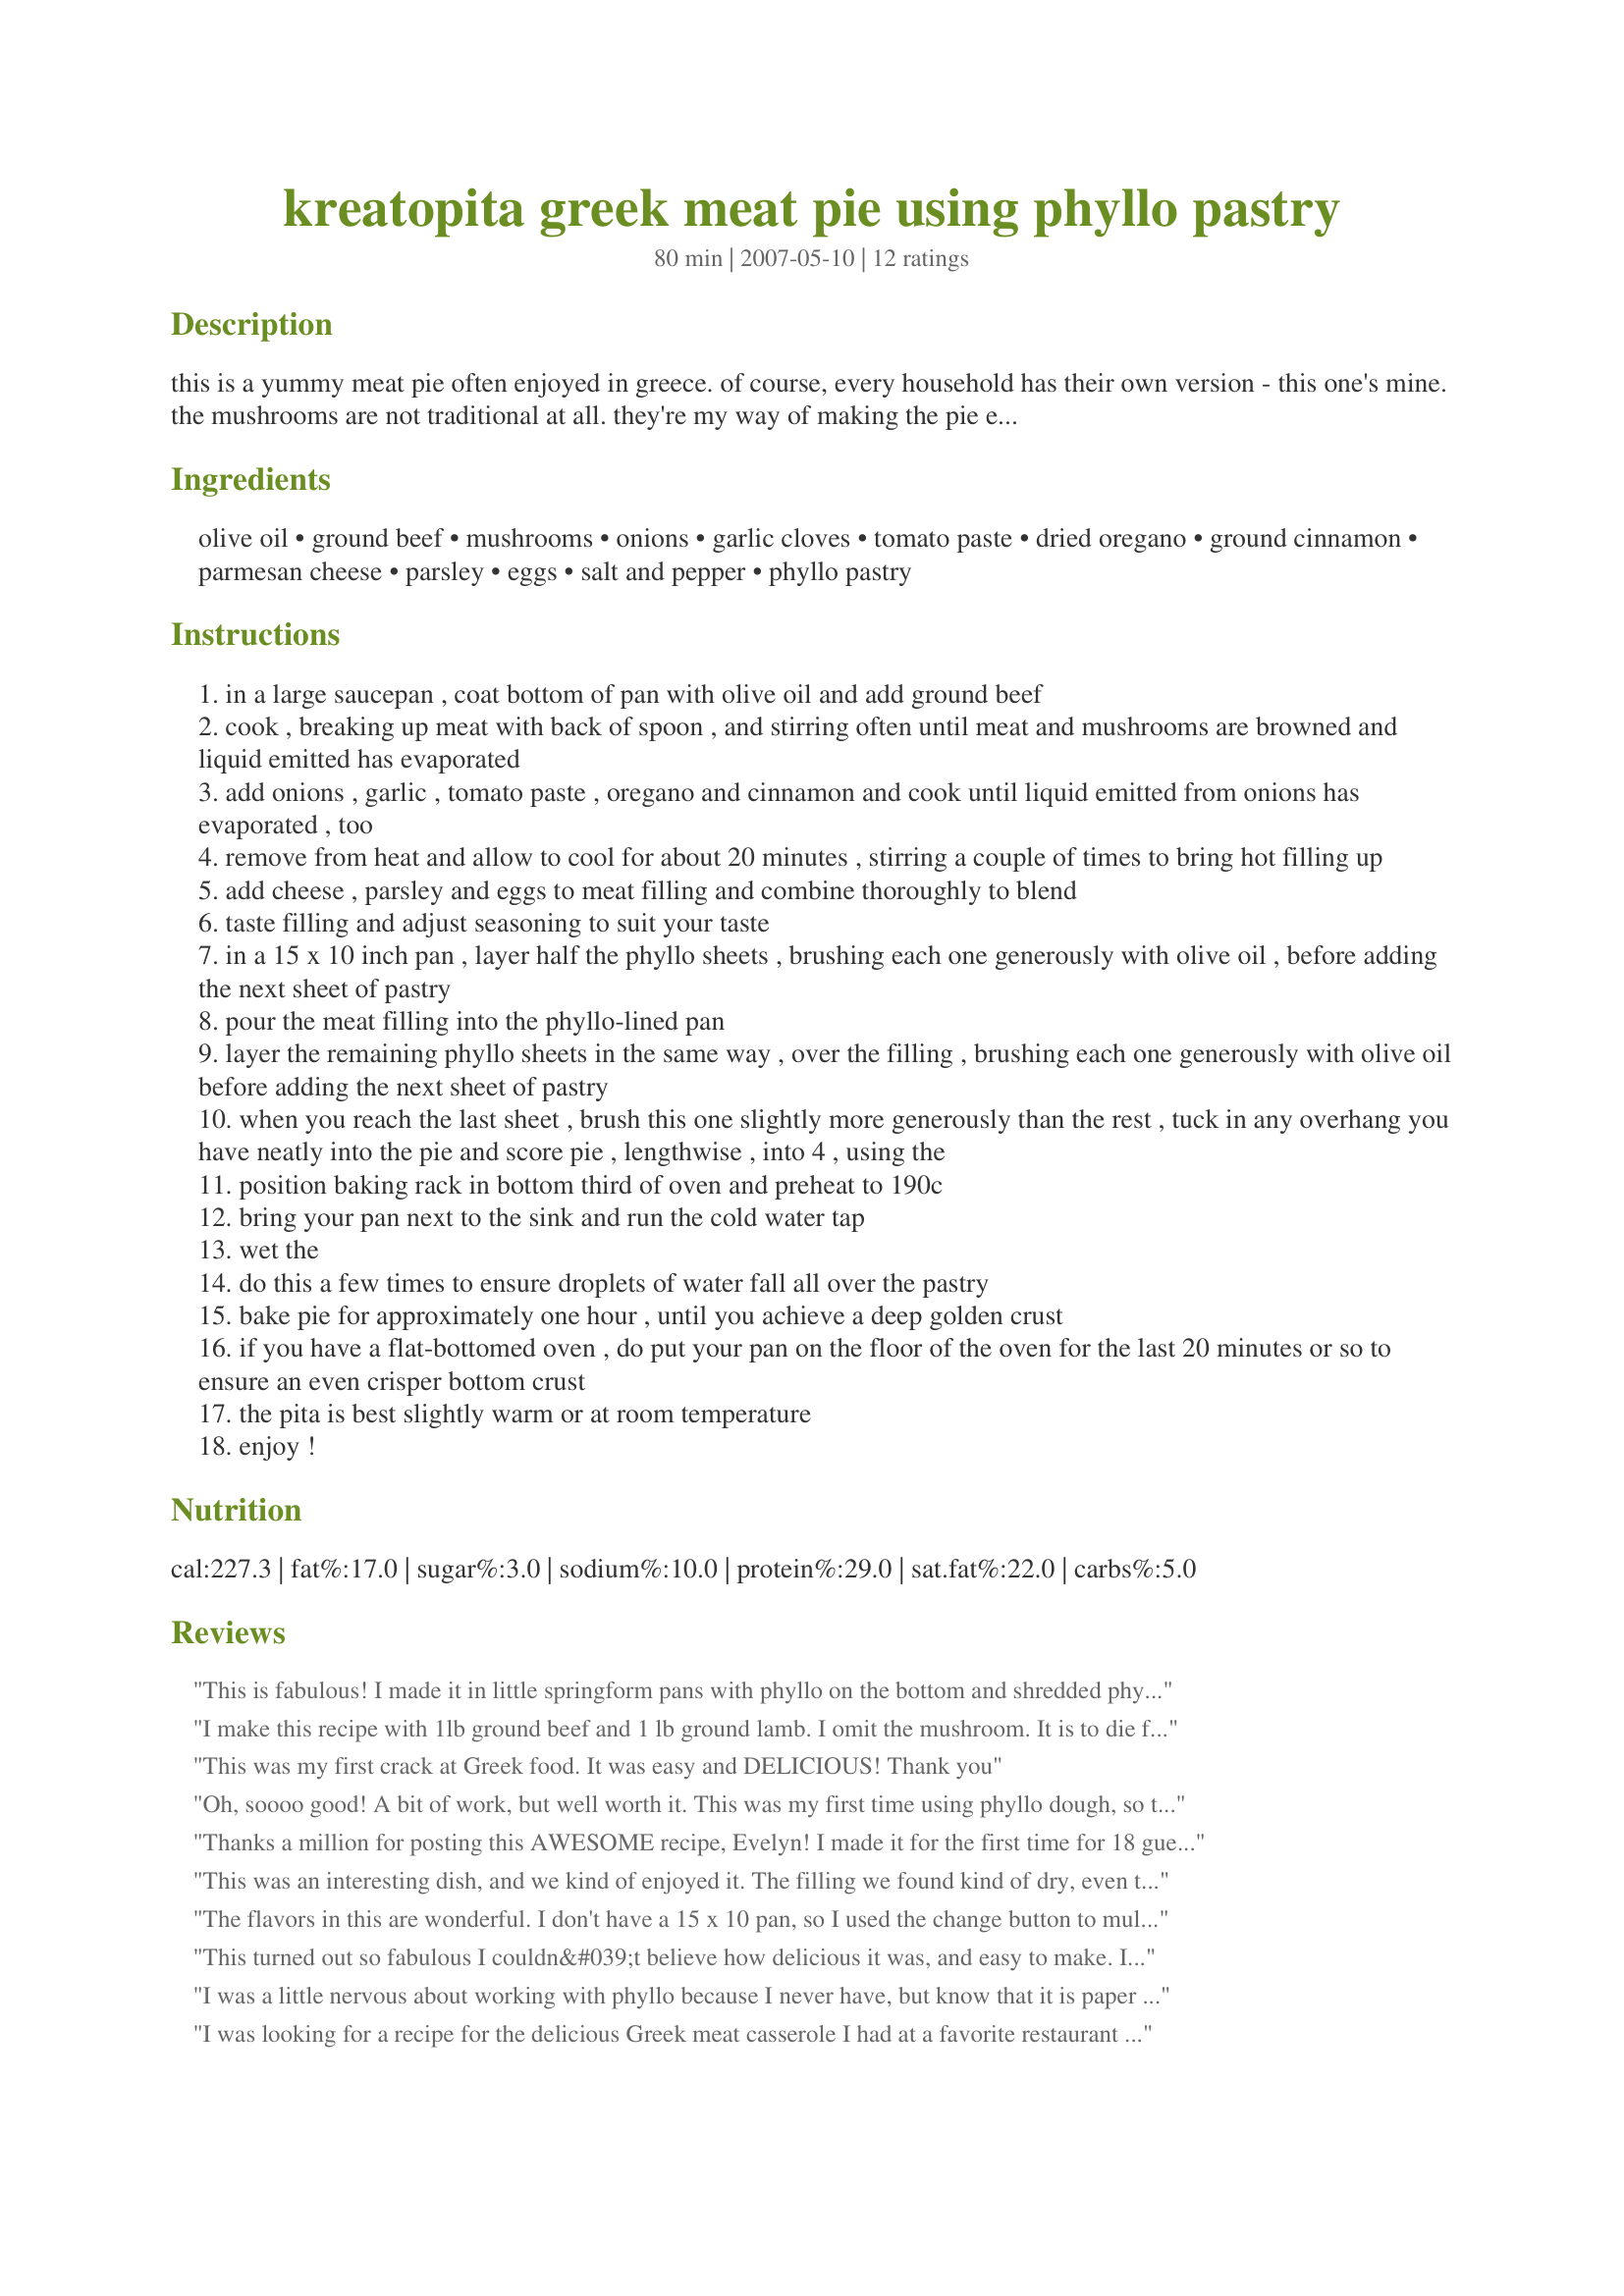
kreatopita greek meat pie using phyllo pastry
Preparation time: 80 minutes

this is a yummy meat pie often enjoyed in greece. of course, every household has their own version - this one's mine. the mushrooms are not traditional at all. they're my way of making the pie even tastier and ensuring my kids enjoy a vegetable they wouldn't otherwise eat. this could be served either as a snack (as eaten as street food here in greece) or as a main, accompanied by a nice salad. great to bring along, fully-baked, to a picnic or potluck.

Ingredients:
olive oil, ground beef, mushrooms, onions, garlic cloves, tomato paste, dried oregano, ground cinnamon, parmesan cheese, parsley, eggs, salt and pepper, phyllo pastry

Steps:
in a large saucepan , coat bottom of pan with olive oil and add ground beef
cook , breaking up meat with back of spoon , and stirring often until meat and mushrooms are browned and liquid emitted has evaporated
add onions , garlic , tomato paste , oregano and cinnamon and cook until liquid emitted from onions has evaporated , too
remove from heat and allow to cool for about 20 minutes , stirring a couple of times to bring hot filling up
add cheese , parsley and eggs to meat filling and combine thoroughly to blend
taste filling and adjust seasoning to suit your taste
in a 15 x 10 inch pan , layer half the phyllo sheets , brushing each one generously with olive oil , before adding the next sheet of pastry
pour the meat filling into the phyllo-lined pan
layer the remaining phyllo sheets in the same way , over the filling , brushing each one generously with olive oil before adding the next sheet of pastry
when you reach the last sheet , brush this one slightly more generously than the rest , tuck in any overhang you have neatly into the pie and score pie , lengthwise , into 4 , using the
position baking rack in bottom third of oven and preheat to 190c
bring your pan next to the sink and run the cold water tap
wet the
do this a few times to ensure droplets of water fall all over the pastry
bake pie for approximately one hour , until you achieve a deep golden crust
if you have a flat-bottomed oven , do put your pan on the floor of the oven for the last 20 minutes or so to ensure an even crisper bottom crust
the pita is best slightly warm or at room temperature
enjoy !

Reviews:
This is fabulous! I made it in little springform pans with phyllo on the bottom and shredded phyllo on the top. Chopping the mushroom for duxelles resulted in the mushroom and ground beef 'bits' being the same size--a great texture and look. No kefalotiri so I used reggiano and I also used flat leaf parsley. The cinnamon is a terrific touch. All round great dish! Thanks, Ev.
I make this recipe with 1lb ground beef and 1 lb ground lamb. I omit the mushroom. It is to die for. I am Greek and love my mother's greek cooking. I can't wait to make this for her. It is delicious!
This was my first crack at Greek food. It was easy and DELICIOUS! Thank you
Oh, soooo good! A bit of work, but well worth it. This was my first time using phyllo dough, so that was a bit of challenge at first, but I soon got the hang of it. I did follow another reviewer's suggestions and used feta cheese in place of the parmesan. I also used only 1/2 cup of the parsely and added a package of (thawed and VERY well-squeezed) spinach, as my fiance and I love spinach and thought that it would be a wonderful touch -- which it definitely did! I also used the cinnamon, which I may or may not use next time, depending on my guest list. Everyone loved it... everyone, that is, except for one profoundly picky eater amongst our friends, who complained that the pie was "all cinnamon!" and couldn't make herself finish it. My fiance and our roomie, however, declared the pie to be among the best they'd ever had, and went back for thirds! I will be making this again, and one of these times I'll try it using ground lamb. Oh yes, I also served this with Recipe #66596 ... the PERFECT complement to this terrific dish.
Thanks a million for posting this AWESOME recipe, Evelyn! I made it for the first time for 18 guests, and it was out of this world. Served with a tomato salad vinaigrette, we had no leftovers. It was wonderfully light and our guests commented on the herby flavour. The tip of sprinkling the finished dish with cool water before baking ensured the Filo turned out beautifully. We enjoyed!!
This was an interesting dish, and we kind of enjoyed it. The filling we found kind of dry, even though I added a tomato to the filling to moisten it up. The cinnamon was a nice twist, very interesting. I prepared it in miniature springform pans, serving a pie per person. We may try this again. Thanks for posting!
The flavors in this are wonderful. I don't have a 15 x 10 pan, so I used the change button to multiply the ingredients by .75 to use with a 13 x 9 pan and it came out perfect. I accompanied this with KITTENCAL's Recipe #238190. Thanks for a great new way to use filo, Ev@ (I admit I'm a bit puzzled why filo is spelled two different ways in this recipe, though--I've seen both transliterations before but not in the same recipe :) .)
This turned out so fabulous I couldn&#039;t believe how delicious it was, and easy to make. I did not add any mushrooms, I had mince meat already cooked with onions so just used that and added a little rose pasta sauce to replace the tomato paste (which I was quite scared would ruin the dish) but I didn&#039;t add that much and the results were spectacular. &lt;br/&gt;My only complaint is that since this was the first time I was working with phyllo pastry I think I did something wrong. I used 5 sheets of phyllo at the bottom, and 5 on the top and brushed each sheet with olive oil but didn&#039;t get a crispy pie, can anyone give me tips on how to improve my phyllo results? I had made 2/3 of the recipe (didn&#039;t have a big enough pan) and so baked it at 350F instead of 375F. Would that have made a difference?&lt;br/&gt;&lt;br/&gt;Thanks again for the fabulous recipe, planning on assembling this pie and freezing it pre baking for a rainy day when I need a fabulous meal but can&#039;t cook! :)
I was a little nervous about working with phyllo because I never have, but know that it is paper thin. However, this pie turned out fantastic!! I cut everything in half and made it in an 8 X 8 pan (I cut the phyllo sheets in half before layering) because it is only me, my fiance and my 2 year old. We all loved it!! Thanks for the submission!!
I was looking for a recipe for the delicious Greek meat casserole I had at a favorite restaurant and found this one. It is delicious! I am single so I halved the recipe and used feta cheese instead of Parmesan. I've made it twice and the mushrooms didn't seem to add a whole lot of flavor so I used carrots a second time. The carrots didn't add much flavor either but the texture was nice. I also played with the oregano and cinnamon amounts but I think the suggested amount is perfect. This will be a new weekly meal for me for sure"
What an injustice...you have this for street food and we have sausages on a bun :( This was just great! I scaled it back by half and added a couple of handfuls of chopped fresh spinach with the parsley otherwise made as directed. Using an 8" x 8" pan I found it was done to perfection after 45 minutes in the oven. I'll be making this one again and again. Thank you so much for posting.
I omitted the 'shrooms and substituted crumbled feta for the parmesan. The cinnamon provided a wonderful depth of flavor. Next time I want to add some chopped spinach to up the nutritional value. I think this would also be excellent in pita bread.
